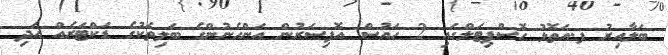
ބަލާއިރު ފ.އަތޮޅު ހޮސްޕިޓަލްގައި 2 ހައުސް އޮފިސަރުން އަންހެނުންގެ ބަލިތަކުގެ ޑަކްޓަރެއް އަދި